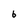
Character: 6